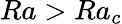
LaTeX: {Ra>Ra_{c}}